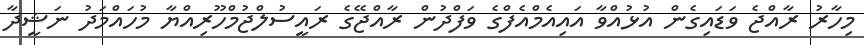
މިހާރު ރާއްޖެ ވަޑައިގެން އުޅުއްވާ އައިއެމްއެފްގެ ވަފްދުން ރާއްޖޭގެ ރައީސުލްޖުމްހޫރިއްޔާ މުހައްމަދު ނަޝީދާ